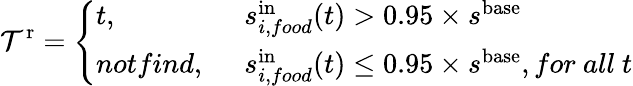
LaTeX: \mathcal{T}^{\mathrm{{r}}}=\left\{ \begin{array}{ll}{t,}&{~~s_{i,food}^{\mathrm{in}}(t)>0.95\times s^{\mathrm{base}}}\\ {notfind,}&{~~s_{i,food}^{\mathrm{in}}(t)\le 0.95\times s^{\mathrm{base}},for~all~t}\end{array}\right.